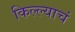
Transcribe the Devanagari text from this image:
किल्ल्याचं